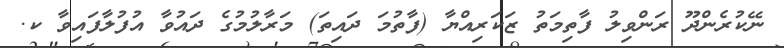
ނޭކުރެންދޫ ރަންވިލު ފާތިމަތު ޒަކަރިއްޔާ (ފާތުމަ ދައިތަ) މަރާލުމުގެ ދައުވާ އުފުލާފައިވާ ކ.